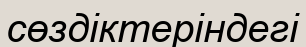
сөздіктеріндегі